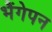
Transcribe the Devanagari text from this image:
भैंगेपन